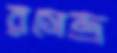
রসেন্দ্র